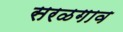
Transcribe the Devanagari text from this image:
सरळगाव